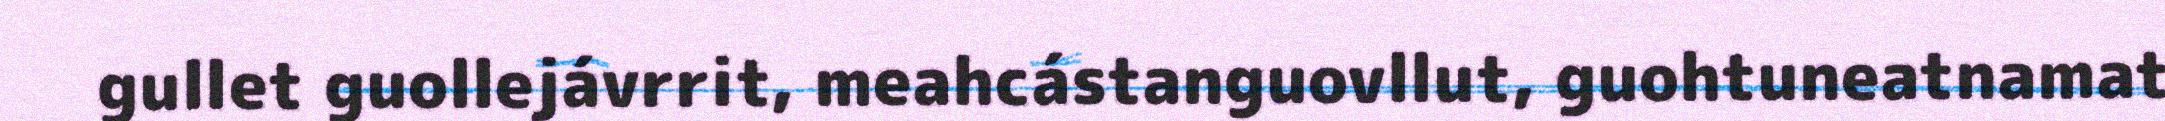
gullet guollejávrrit, meahcástanguovllut, guohtuneatnamat